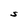
Character: S